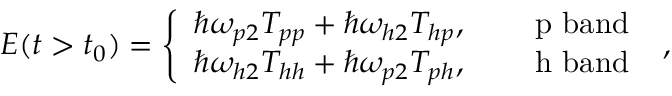
\begin{array} { r } { { \cal E } ( t > t _ { 0 } ) = \left\{ \begin{array} { l l } { \hbar \omega _ { p 2 } T _ { p p } + \hbar \omega _ { h 2 } T _ { h p } , } & { \quad \mathrm { ~ p ~ b a n d ~ } } \\ { \hbar \omega _ { h 2 } T _ { h h } + \hbar \omega _ { p 2 } T _ { p h } , } & { \quad \mathrm { ~ h ~ b a n d ~ } } \end{array} \right. , } \end{array}